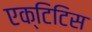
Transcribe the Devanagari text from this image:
एक्टिटिस